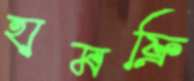
হামফ্রি